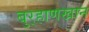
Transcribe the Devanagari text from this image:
बुर्‍हाणखान